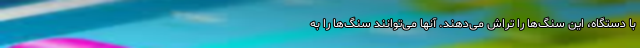
با دستگاه، این سنگ‌ها را تراش می‌دهند. آنها می‌توانند سنگ‌ها را به